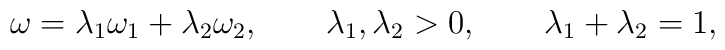
\omega = \lambda_1 \omega_1 + \lambda_2 \omega_2,\qquad \lambda_1,\lambda_2>0,\qquad \lambda_1 +\lambda_2 =1,